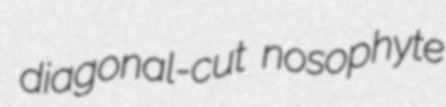
diagonal-cut nosophyte